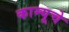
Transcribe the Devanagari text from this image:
काम्यूचे